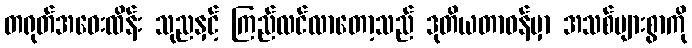
တရုတ်အဝေးထိန်း သုညနှင့် ကြည်လင်လာတော့သည် ဒုတိယတာဝန်မှာ အသစ်များစွာကို